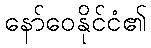
နော်ဝေနိုင်ငံ၏